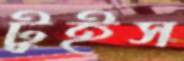
টুইস